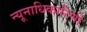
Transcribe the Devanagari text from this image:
न्यूनाधिकारिणी